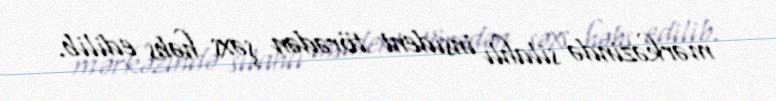
mərkəzində silahlı insident törədən şəxs həbs edilib.